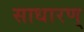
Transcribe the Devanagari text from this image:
साधारण्